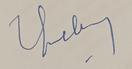
Signature authenticity: genuine